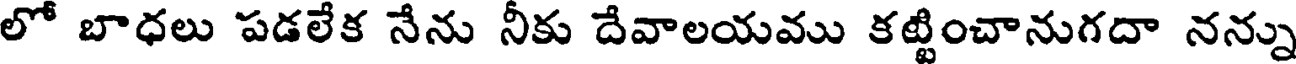
లో బాధలు పడలేక నేను నీకు దేవాలయము కట్టించానుగదా నన్ను